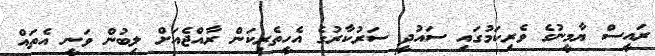
ރައީސް ޔާމީނުގެ ވެރިކަމުގައި ސައުދީ ސަރުކާރުގެ އެހީތެރިކަން ރާއްޖެއަށް ލިބުން ވަނީ އެތައް